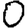
Digit: 0